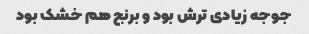
جوجه زیادی ترش بود و برنج هم خشک بود